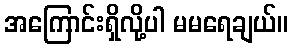
အကြောင်းရှိလို့ပါ မမရေချယ်။